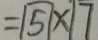
= \boxed { 5 } \times \boxed { 7 }